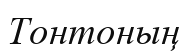
Тонтоның